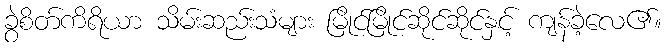
ခွဲစိတ်ကိရိယာ သိမ်းဆည်းသံများ မြိုင်မြိုင်ဆိုင်ဆိုင်နှင့် ကျန်ခဲ့လေ၏။